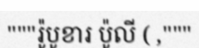
"""រ៉ូបូខារ ប៉ូលី ( ,"""